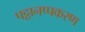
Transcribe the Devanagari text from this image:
पट्ठानप्पकरण